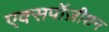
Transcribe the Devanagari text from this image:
एक्सपॉज़ीशन